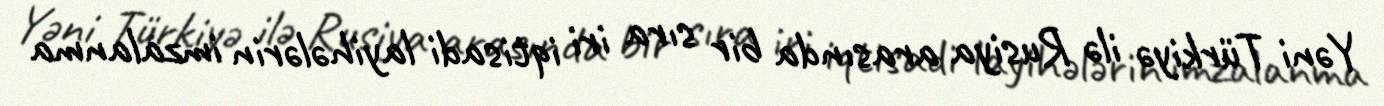
Yəni Türkiyə ilə Rusiya arasında bir sıra iri iqtisadi layihələrin imzalanma